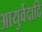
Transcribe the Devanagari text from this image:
आयुर्वेदादि